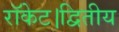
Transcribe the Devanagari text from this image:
रॉकेट।द्वितीय